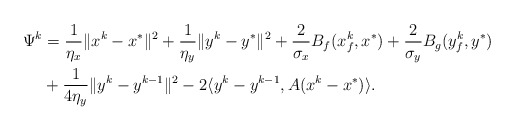
\begin{align*}\Psi^k &= \frac{1}{\eta_x}\|x^k - x^*\|^2+\frac{1}{\eta_y}\|y^k - y^*\|^2+\frac{2}{\sigma_x}B_f(x_f^k, x^*)+\frac{2}{\sigma_y}B_g(y_f^k, y^*)\\&+\frac{1}{4\eta_y}\|y^k - y^{k-1}\|^2-2\langle y^k-y^{k-1}, A(x^k-x^*) \rangle.\end{align*}